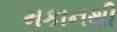
મકાનથી